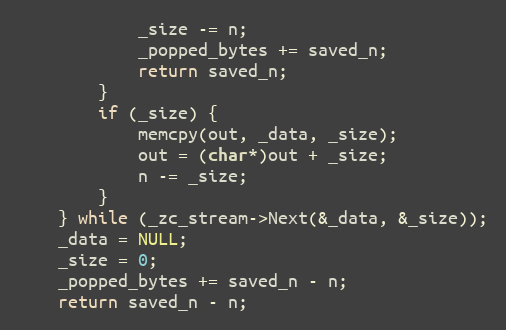
Language: C
            _size -= n;
            _popped_bytes += saved_n;
            return saved_n;
        }
        if (_size) {
            memcpy(out, _data, _size);
            out = (char*)out + _size;
            n -= _size;
        }
    } while (_zc_stream->Next(&_data, &_size));
    _data = NULL;
    _size = 0;
    _popped_bytes += saved_n - n;
    return saved_n - n;